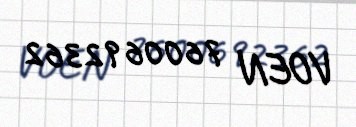
VOEN 7600692362